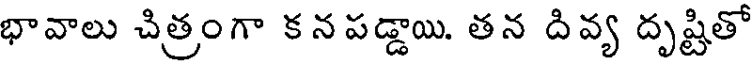
భావాలు చిత్రంగా కనపడ్డాయి. తన దివ్య దృష్టితో